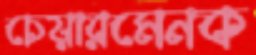
চেয়ারমেনক